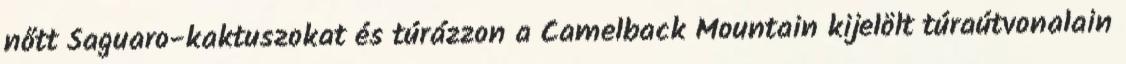
nőtt Saguaro-kaktuszokat és túrázzon a Camelback Mountain kijelölt túraútvonalain